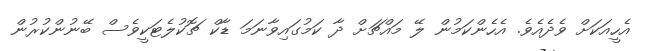
އެހީއަކަށް ވެދެއެވެ. އެހެންކަމުން ލޭ މައްޗަށް ދާ ކަމުގައިވާނަމަ ޑާކް ޗޮކުލެޓަކީވެސް ބޭނުންކުރުން